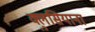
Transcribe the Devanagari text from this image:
क्लुसियाना